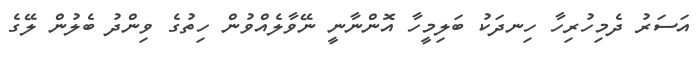
އަސަރު ދެމިހުރިހާ ހިނދަކު ބަލިމީހާ އޮންނާނީ ނޭވާލެއްވުން ހިތުގެ ވިންދު ބެލުން ލޭގެ